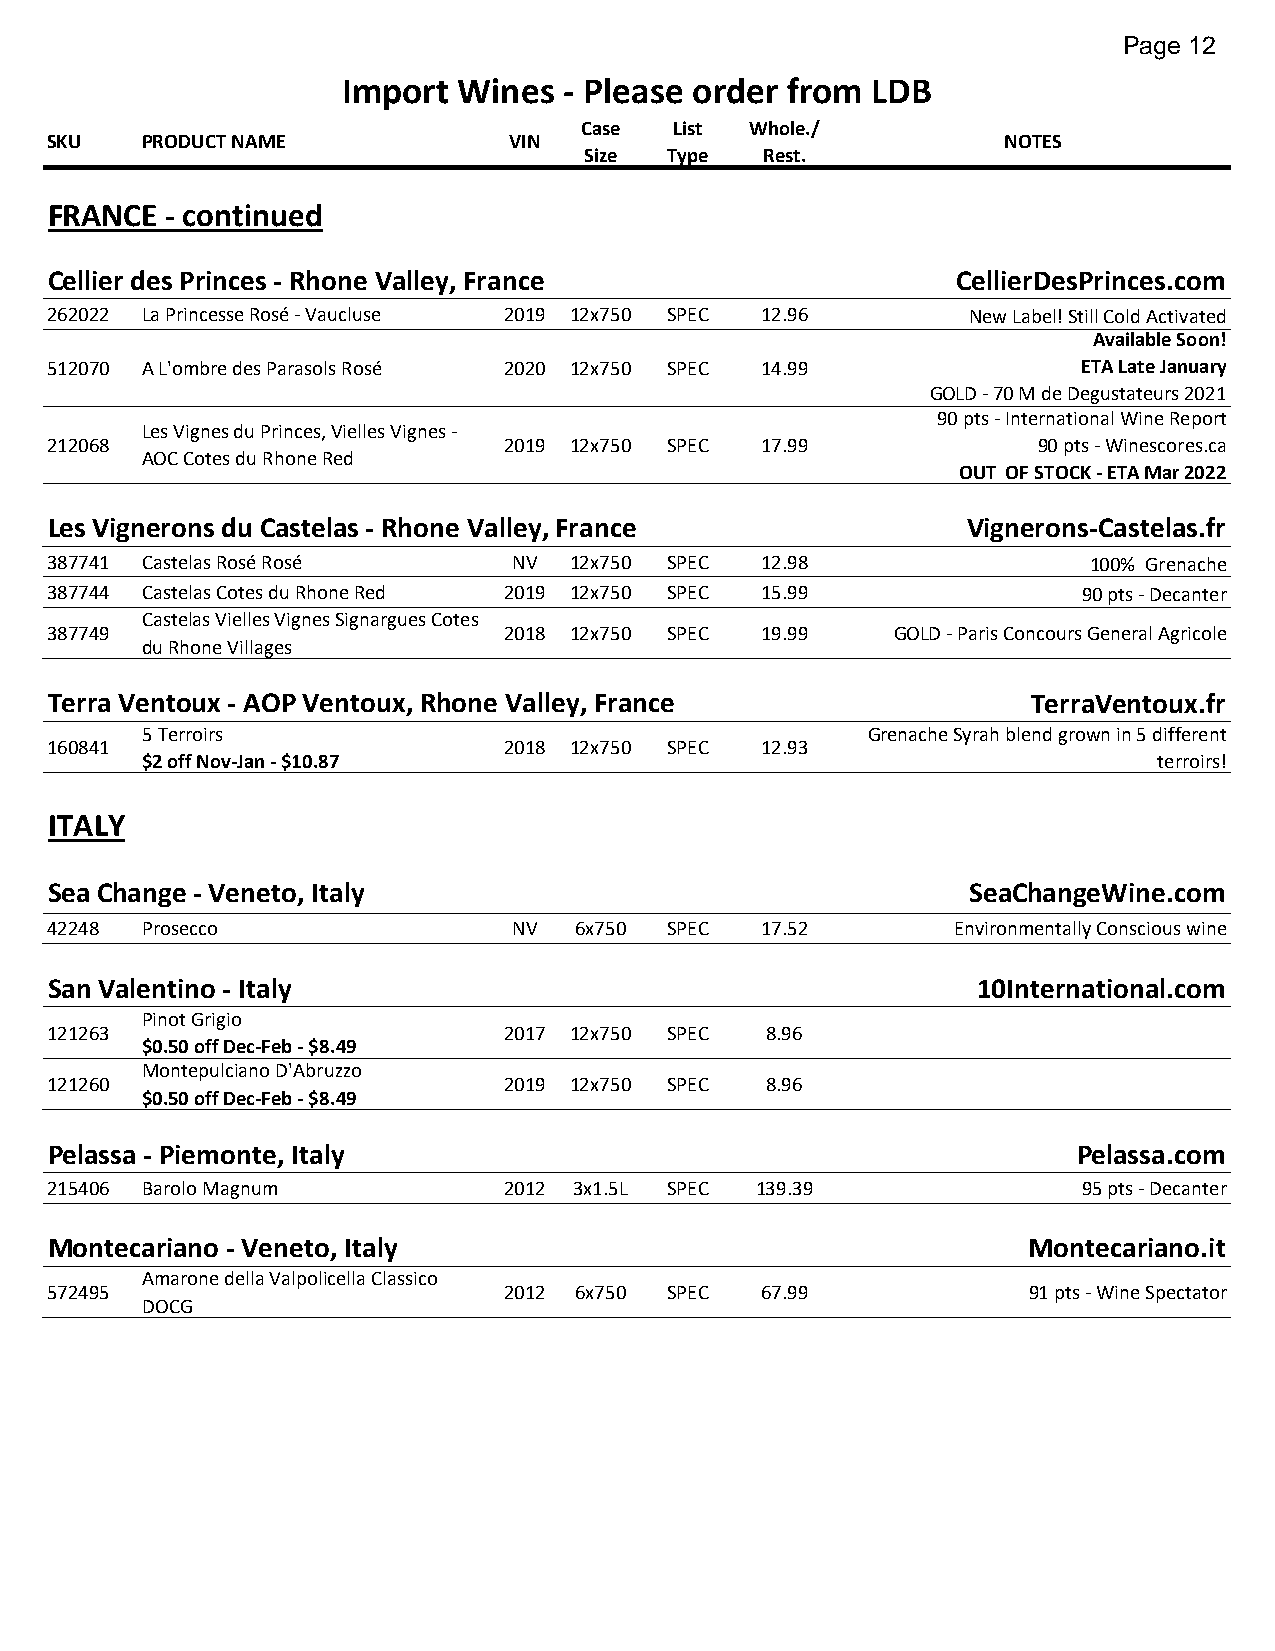
Page 12
 Import Wines  - Please order from  LDB
 Case   List Whole./
 SKU   PRODUCT NAME             VIN                             NOTES
 Size Type   Rest.
 FRANCE  - continued
 Cellier des Princes - Rhone Valley, France                  CellierDesPrinces.com
 262022 La Princesse Rosé - Vaucluse 2019 12x750 SPEC 12.96   New Label! Still Cold Activated
 Available Soon!
 512070 A L'ombre des Parasols Rosé 2020 12x750 SPEC 14.99            ETA Late January
 GOLD - 70 M de Degustateurs 2021
 90 pts - International Wine Report
 Les Vignes du Princes, Vielles Vignes -
 212068                        2019 12x750 SPEC 17.99              90 pts - Winescores.ca
 AOC Cotes du Rhone Red
 OUT OF STOCK - ETA Mar 2022
 Les Vignerons du Castelas - Rhone Valley, France             Vignerons-Castelas.fr
 387741 Castelas Rosé Rosé      NV  12x750 SPEC 12.98                 100% Grenache
 387744 Castelas Cotes du Rhone Red 2019 12x750 SPEC 15.99            90 pts - Decanter
 Castelas Vielles Vignes Signargues Cotes
 387749                        2018 12x750 SPEC 19.99    GOLD - Paris Concours General Agricole
 du Rhone Villages
 Terra Ventoux - AOP Ventoux, Rhone Valley, France                TerraVentoux.fr
 5 Terroirs                                      Grenache Syrah blend grown in 5 different
 160841                        2018 12x750 SPEC 12.93
 $2 off Nov-Jan - $10.87                                             terroirs!
 ITALY
 Sea Change - Veneto, Italy                                   SeaChangeWine.com
 42248 Prosecco                 NV  6x750 SPEC  17.52        Environmentally Conscious wine
 San Valentino - Italy                                         10International.com
 Pinot Grigio
 121263                        2017 12x750 SPEC  8.96
 $0.50 off Dec-Feb - $8.49
 Montepulciano D'Abruzzo
 121260                        2019 12x750 SPEC  8.96
 $0.50 off Dec-Feb - $8.49
 Pelassa - Piemonte, Italy                                           Pelassa.com
 215406 Barolo Magnum          2012 3x1.5L SPEC 139.39                95 pts - Decanter
 Montecariano - Veneto, Italy                                     Montecariano.it
 Amarone della Valpolicella Classico
 572495                        2012 6x750 SPEC  67.99             91 pts - Wine Spectator
 DOCG